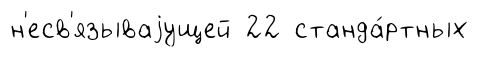
н'есв'язываjущей 22 станда́ртных